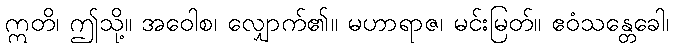
ဣတိ၊ ဤသို့။ အဝေါစ၊ လျှောက်၏။ မဟာရာဇ၊ မင်းမြတ်။ ဧဝံသန္တေခေါ၊